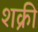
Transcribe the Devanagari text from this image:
शक्री